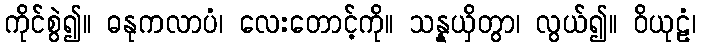
ကိုင်စွဲ၍။ ဓနုကလာပံ၊ လေးတောင့်ကို။ သန္နယှိတွာ၊ လွယ်၍။ ဝိယုဠံ၊